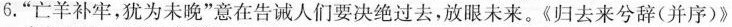
6.”亡羊补牢，犹为未晚”意在告诫人们要决绝过去，放眼未来。《归去来兮辞(并序)》